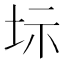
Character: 𡊆